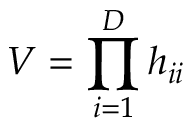
V = \prod _ { i = 1 } ^ { D } h _ { i i }